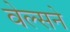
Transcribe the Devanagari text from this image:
वेल्सने